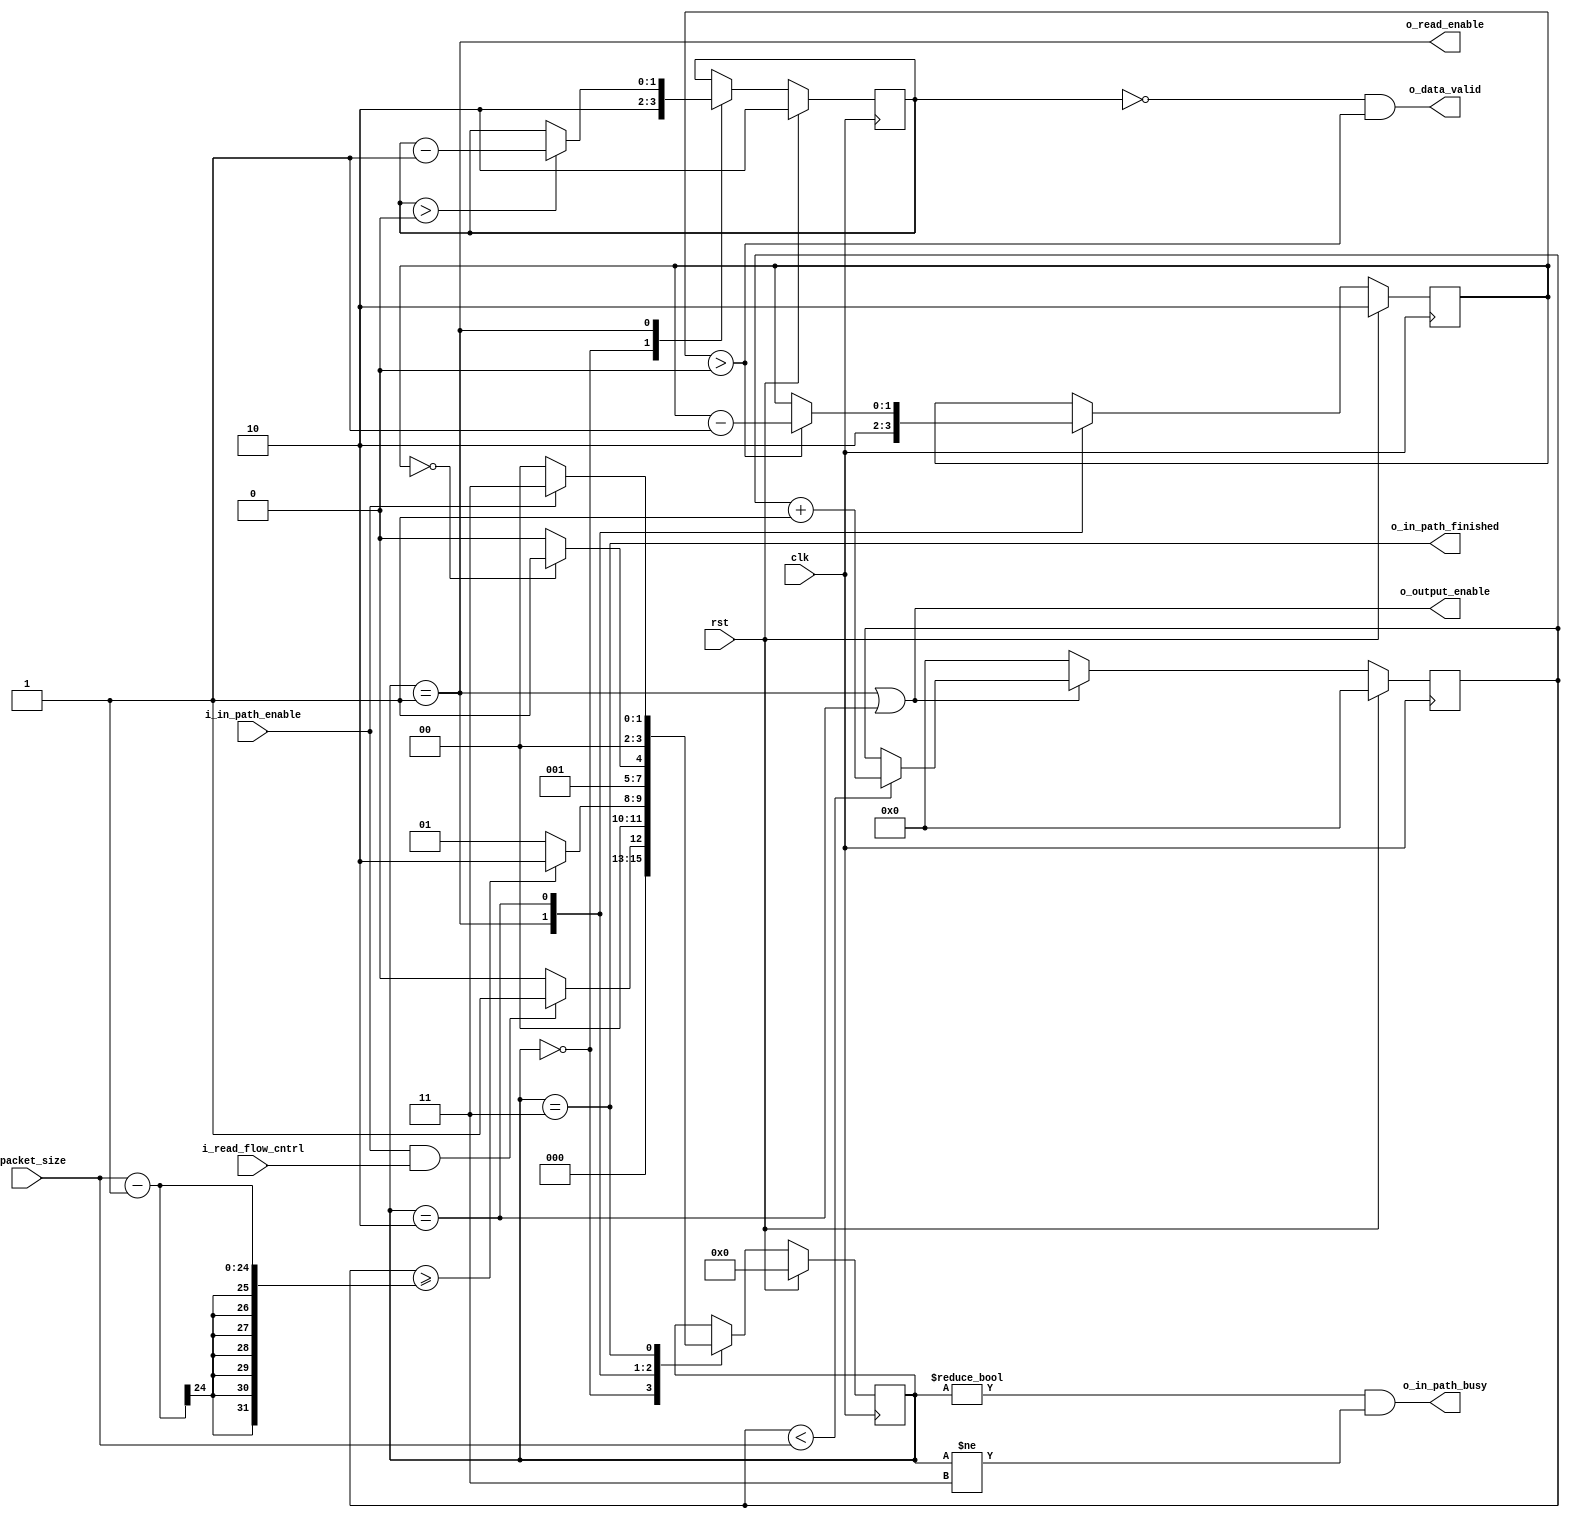
`timescale 1 ns / 1 ns


`define RD_ENABLE_DELAY 2

module fx3_bus_in_path (
input               clk,
input               rst,

//Control From Master
//input               i_read_fx3_packet,
input               i_read_flow_cntrl,

input       [23:0]  i_packet_size,

//Incomming Data

//Control Signals
output              o_output_enable,
output              o_read_enable,

//Processed Data
output              o_data_valid,
input               i_in_path_enable,
output              o_in_path_busy,
output              o_in_path_finished
);


//Local Parameters
localparam IDLE                   = 4'h0;
localparam READ                   = 4'h1;
localparam READ_OE_DELAY          = 4'h2;
localparam FINISHED               = 4'h3;

//Registers/Wires
reg         [3:0]   state;
reg         [3:0]   next_state;

reg         [23:0]  r_read_count;
reg         [1:0]   r_pre_re_count;
reg         [1:0]   r_post_re_count;

//Asynchronous logic registers

//Interface to in controller
wire                w_controller_read_request;

//Sub Modules
//Asynchronous Logic
assign  o_read_enable       = (state == READ);
assign  o_output_enable     = ((state == READ) |
                               (state == READ_OE_DELAY));
assign  o_data_valid        = (r_pre_re_count == 0) &&
                              (r_post_re_count > 0);
//This will go when a transaction is finished and low when the user de-asserts
//the i_read_enable signal
assign  o_in_path_busy      = ((state != IDLE) && (state != FINISHED));
assign  o_in_path_finished  = (state == FINISHED);

//State Machine
always @ (*) begin
  next_state  = state;
  case (state)
    IDLE: begin
      if (i_in_path_enable && i_read_flow_cntrl) begin
        next_state  = READ;
      end
      else begin
        next_state  = IDLE;
      end
    end
    READ: begin
      if (r_read_count >= i_packet_size - 1) begin
        next_state  = READ_OE_DELAY;
      end
      else begin
        next_state  = READ;
      end
    end
    READ_OE_DELAY: begin
      if (r_post_re_count == 0) begin
        next_state  = FINISHED;
      end
      else begin
        next_state  = READ_OE_DELAY;
      end
    end
    FINISHED: begin
      //if (!i_read_fx3_packet && !i_in_path_enable) begin
      if (!i_in_path_enable) begin
        next_state  = IDLE;
      end
      else begin
        next_state  = FINISHED;
      end
    end
  endcase
end


//Synchronous Logic

//Input Synchronizer
//  Synchronize:
//    data
//    dma flags
//    control signal

//Synchronous Counter

//Data Valid Delay count (Account for the latency from the FX3 before read
//starts
always @ (posedge clk) begin
  if (rst) begin
    r_pre_re_count      <=  `RD_ENABLE_DELAY;
  end
  else begin
    case (state)
      IDLE: begin
        r_pre_re_count    <=  `RD_ENABLE_DELAY;
      end
      READ: begin
        if (r_pre_re_count > 2'h0) begin
          r_pre_re_count  <=  r_pre_re_count - 1'b1;
        end
      end
      default: begin
        r_pre_re_count    <=  r_pre_re_count;
      end
    endcase
  end
end

//Data Valid Delay count (Account for the latency from the FX3 after the read
//is finished
always @ (posedge clk) begin
  if (rst) begin
    r_post_re_count         <=  `RD_ENABLE_DELAY;
  end
  else begin
    case (state)
      READ: begin
        r_post_re_count     <=  `RD_ENABLE_DELAY;
      end
      READ_OE_DELAY: begin
        if (r_post_re_count > 2'h0) begin
          r_post_re_count   <=  r_post_re_count - 1'b1;
        end
        else begin
          r_post_re_count   <=  r_post_re_count;
        end
      end
      default: begin
        r_post_re_count     <=  r_post_re_count;
      end
    endcase
  end
end

//Count the number of reads that user requested
always @ (posedge clk) begin
  if (rst) begin
    r_read_count                  <=  0;
  end
  else begin
    if ((state == READ) | (state == READ_OE_DELAY)) begin
      if (r_read_count < i_packet_size) begin
        r_read_count              <=  r_read_count + 1;
      end
    end
    else begin
      r_read_count                <=  0;
    end
  end
end


always @ (posedge clk) begin
  if (rst) begin
    state <=  IDLE;
  end
  else begin
    state <=  next_state;
  end
end

endmodule